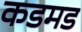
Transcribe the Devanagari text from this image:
कडमड